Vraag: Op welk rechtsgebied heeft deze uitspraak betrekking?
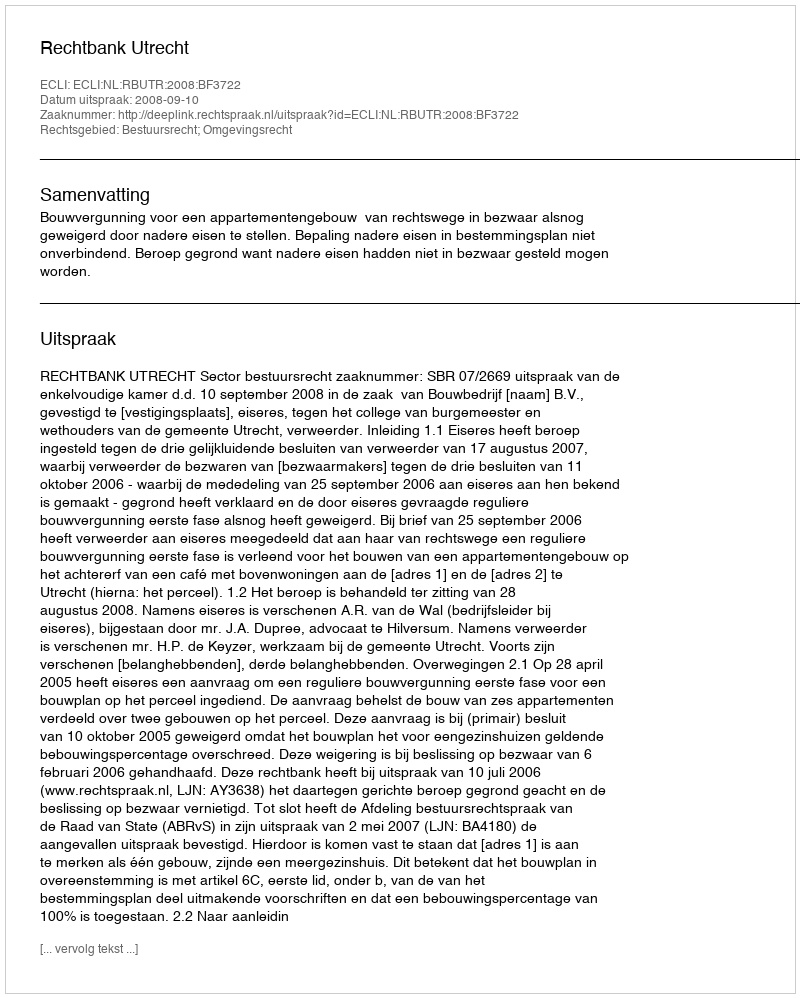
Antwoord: Bestuursrecht; Omgevingsrecht